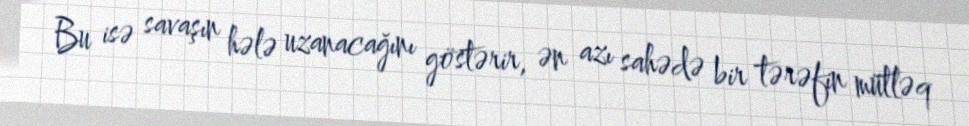
Bu isə savaşın hələ uzanacağını göstərir, ən azı sahədə bir tərəfin mütləq